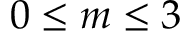
0 \le m \le 3